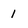
Character: 1